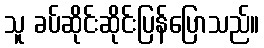
သူ ခပ်ဆိုင်းဆိုင်းပြန်ပြောသည်။